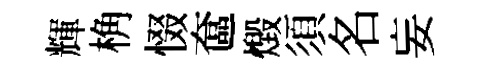
輝桷惙奩燬須名妄